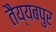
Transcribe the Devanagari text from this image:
तैय्यबपुर